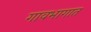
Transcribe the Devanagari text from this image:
गावभागात